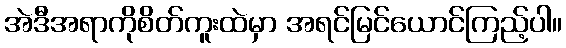
အဲဒီအရာကိုစိတ်ကူးထဲမှာ အရင်မြင်ယောင်ကြည့်ပါ။